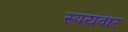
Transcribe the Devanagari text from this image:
स्पयवार